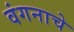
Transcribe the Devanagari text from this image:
वंगनाचे